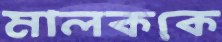
মালককে